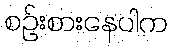
စဉ်းစားနေပါက